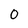
Character: 0